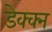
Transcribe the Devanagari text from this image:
डेक्क्न